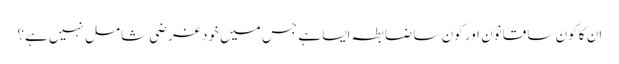
ان کا کون سا قانون اور کون سا ضابطہ ایسا ہے جس میں خود غرضی شامل نہیں ہے؟